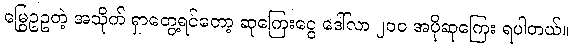
မြွေဥဥတဲ့ အသိုက် ရှာတွေ့ရင်တော့ ဆုကြေးငွေ ဒေါ်လာ ၂၀၀ အပိုဆုကြေး ရပါတယ်။